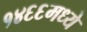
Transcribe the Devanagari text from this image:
१४६६मध्ये